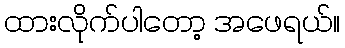
ထားလိုက်ပါတော့ အဖေရယ်။